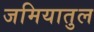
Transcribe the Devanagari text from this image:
जमियातुल